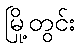
မြို့တွင်း